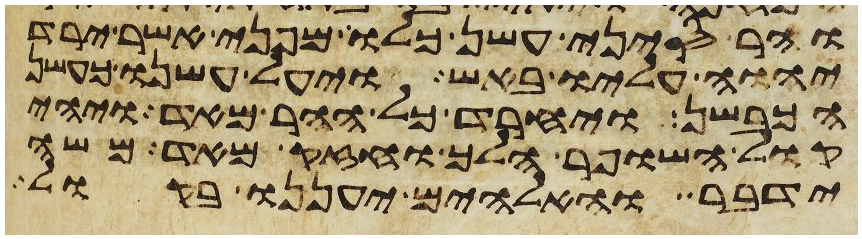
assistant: והר סיני עשן כלו מפני אשר ירד
יהוה עליו באש ויעל עשנו כעשן
הכבשן ויחרד כל ההר מאד ויהי
קול השופר הלך וחזק מאד משה
ידבר והאלהים יעננו בקול